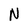
Character: N